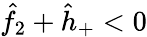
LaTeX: \hat{f}_{2}+\hat{h}_{+}<0